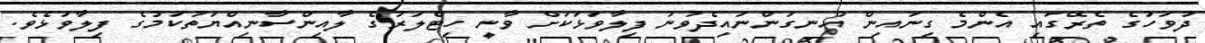
ދުވަހުގެ ތެރޭގައި އެންމެ ގިނައިން އުނގަންނައިދެވުނު ފިލާވަޅަކަށް ވާނީ ހިޓްލަރުގެ ލާއިންސާނިއްޔަތުކަމުގެ ފިލާވަޅެވެ.